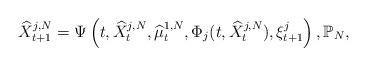
LaTeX: \begin{align*}& \widehat X^{j,N}_{t+1}= \Psi\left(t, \widehat X^{j,N}_t, \widehat\mu^{1,N}_t,\Phi_j(t,\widehat X^{j,N}_t),\xi^j_{t+1}\right),\mathbb{P}_N,\end{align*}